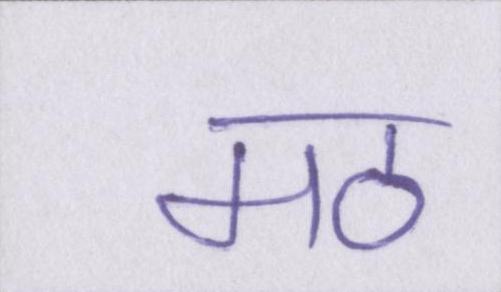
मठ